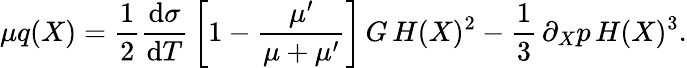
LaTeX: \mu q(X)=\frac{1}{2}\frac{\mathrm{d}\sigma}{\mathrm{d}T}\, \left[1-\frac{\mu^{\prime}}{\mu+\mu^{\prime}}\right]\, G\, H(X)^{2}-\frac{1}{3}\, \partial_{X}p\, H(X)^{3}.